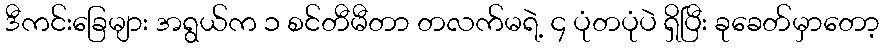
ဒီကင်းခြေများ အရွယ်က ၁ စင်တီမီတာ တလက်မရဲ့ ၄ ပုံတပုံပဲ ရှိပြီး ခုခေတ်မှာတော့